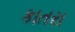
કાતરા